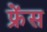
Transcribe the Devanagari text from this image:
फ्रेंस